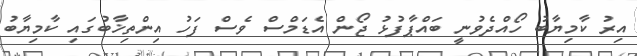
އިރު ކާމިޔާބު ހޯއްދެވުނީ ބައްޕާފުޅު ޖޯން އެޑަމްސް ވެސް ފަހު އިންތިޚާބުގައި ކާމިޔާބު